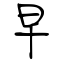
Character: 早